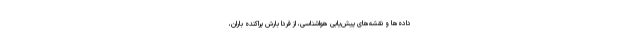
داده‌ها و نقشه‌های پیش‌یابی هواشناسی، از فردا بارش پراکنده باران،